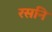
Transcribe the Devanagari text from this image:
रसनि